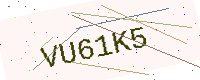
Text: VU61K5